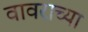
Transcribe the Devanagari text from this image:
वावराच्या